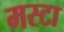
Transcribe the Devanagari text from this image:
मस्टा